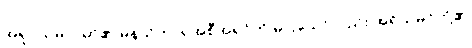
အရူပသမာပတ်၏ မနသိကာရအစီအရင်ကို မပြသော်လည်း အရိယမဂ်တို့၏